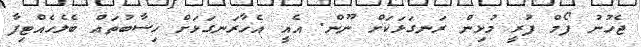
ޖެހުނު ފޯމް ފުރީ މުޅިން ރަނގަޅަކަށް ނޫން. އެއީ އެހާރަނގަޅަށް ހިސާބުތައް ބެލެހެއްޓިފާ